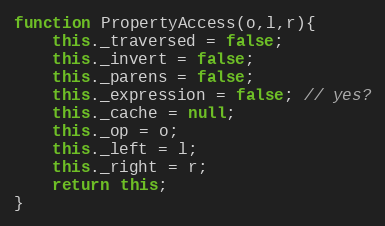
Language: JavaScript
function PropertyAccess(o,l,r){
	this._traversed = false;
	this._invert = false;
	this._parens = false;
	this._expression = false; // yes?
	this._cache = null;
	this._op = o;
	this._left = l;
	this._right = r;
	return this;
}